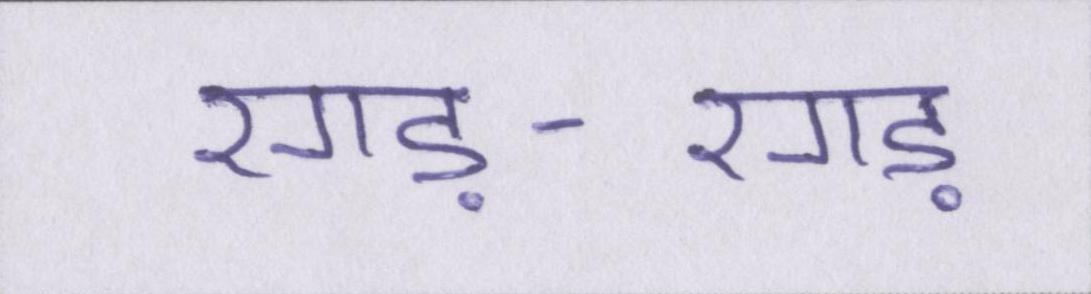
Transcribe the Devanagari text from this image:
रगड़-रगड़